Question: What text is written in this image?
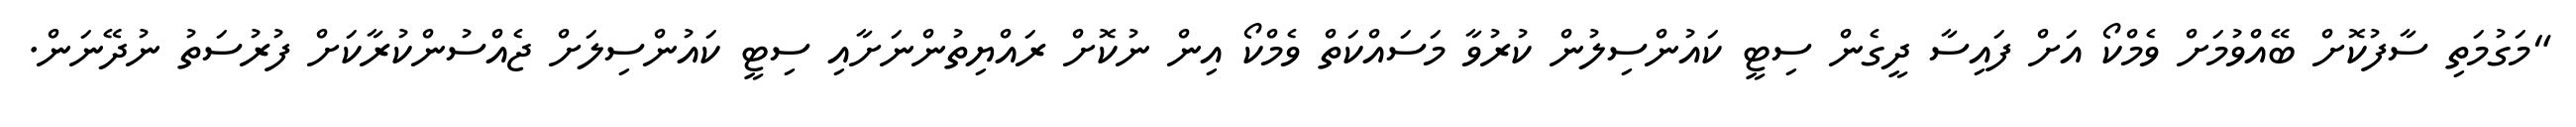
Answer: "މަގުމަތި ސާފުކޮށް ބޭއްވުމަށް ވެމްކޯ އަށް ފައިސާ ދީގެން ސިޓީ ކައުންސިލުން ކުރުވާ މަސައްކަތް ވެމްކޯ އިން ނުކޮށް ރައްޔިތުންނަށާއި ސިޓީ ކައުންސިލަށް ޖެއްސުންކުރާކަށް ފުރުސަތު ނުދޭނަން.